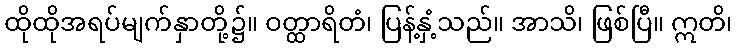
ထိုထိုအရပ်မျက်နှာတို့၌။ ဝတ္ထာရိတံ၊ ပြန့်နှံ့သည်။ အာသိ၊ ဖြစ်ပြီ။ ဣတိ၊